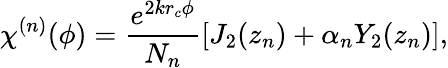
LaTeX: \chi^{(n)}(\phi)=\frac{e^{2kr_{c}\phi}}{N_{n}}\left[J_{2}(z_{n})+\alpha_{n}Y_{2}(z_{n})\right],